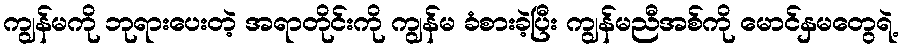
ကျွန်မကို ဘုရားပေးတဲ့ အရာတိုင်းကို ကျွန်မ ခံစားခဲ့ပြီး ကျွန်မညီအစ်ကို မောင်နှမတွေရဲ့